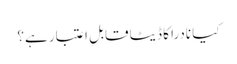
کیا نادرا کا ڈیٹا قابلِ اعتبار ہے؟